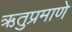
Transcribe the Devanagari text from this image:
ऋतुप्रमाणे